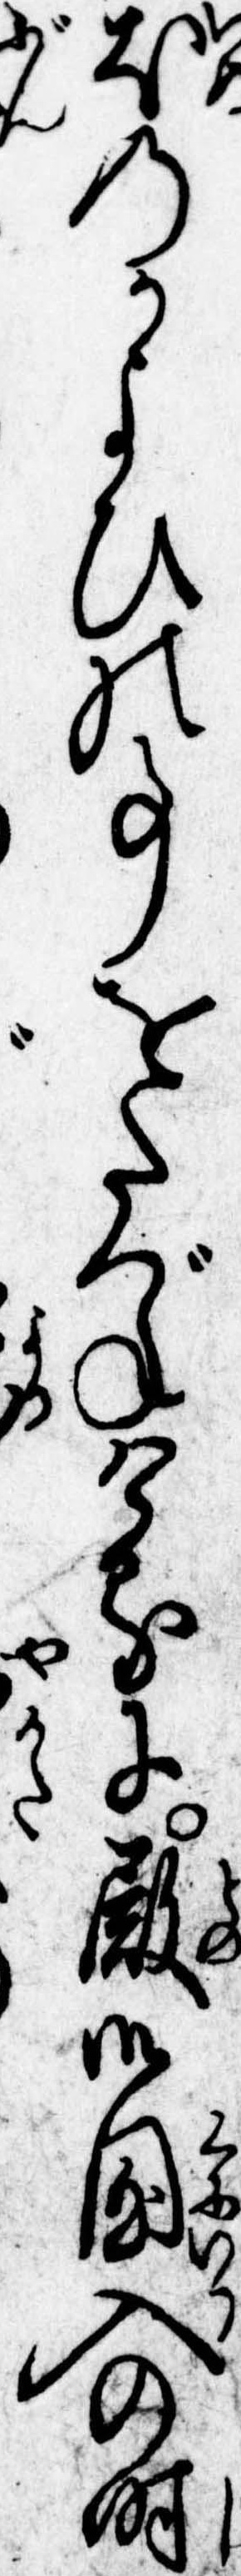
犬のかよひの事をたづねけるに殿御国入の時